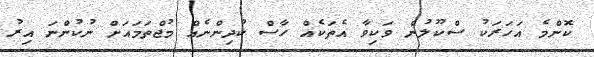
ކޮންމެ އަހަރަކު ސްކޫލުން ވަކިވާ އެތަކެއް ހާސް ކުދިންނެއް މުޖްތަމައަށް ނުކުންނަ އިރު